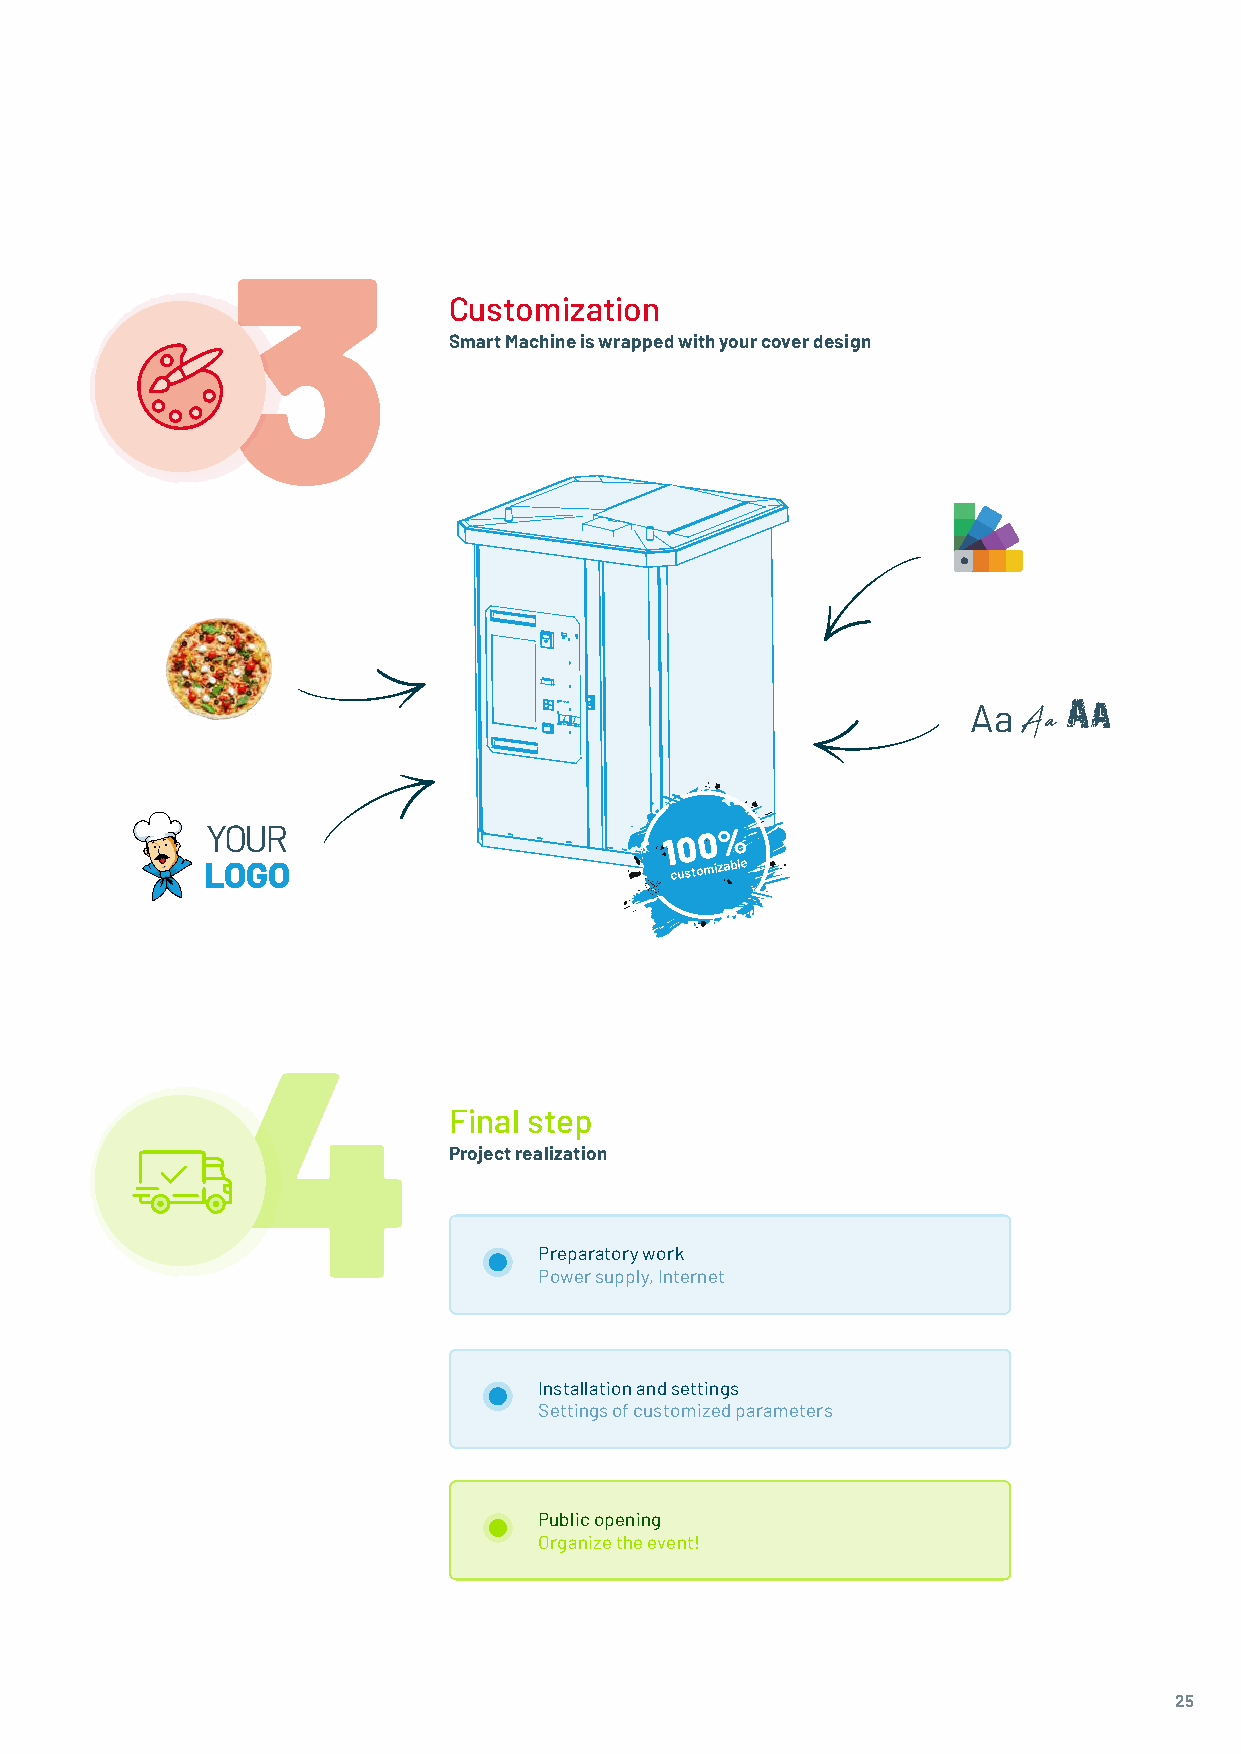
3
 Customization
 Smart Machine is wrapped with your cover design
 Aa  Aa Aa
 YOUR                          1 0 0 %
 LOGO                           customizable
 4
 Final step
 Project realization
 Preparatory work
 Power supply, Internet
 Installation and settings
 Settings of customized parameters
 Public opening
 Organize the event!
 25